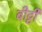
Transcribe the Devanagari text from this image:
बीट्टी